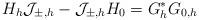
LaTeX: \begin{align*}H_h\mathcal{J}_{\pm,h}-\mathcal{J}_{\pm,h}H_0=G_h^*G_{0,h}\end{align*}